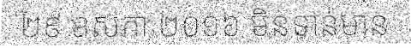
២៩ ឧសភា ២០១៦ មិនទាន់មាន